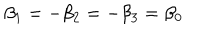
LaTeX: \beta _ { 1 } = - \beta _ { 2 } = - \beta _ { 3 } = \beta _ { 0 }